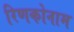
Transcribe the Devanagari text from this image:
रिणकोनाम